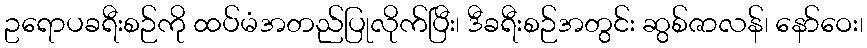
ဥရောပခရီးစဉ်ကို ထပ်မံအတည်ပြုလိုက်ပြီး၊ ဒီခရီးစဉ်အတွင်း ဆွစ်ဇာလန်၊ နော်ဝေး၊